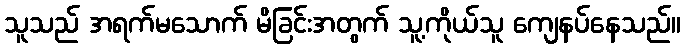
သူသည် အရက်မသောက် မိခြင်းအတွက် သူ့ကိုယ်သူ ကျေနပ်နေသည်။